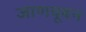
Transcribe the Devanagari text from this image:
जाणवूबन